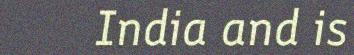
India and is